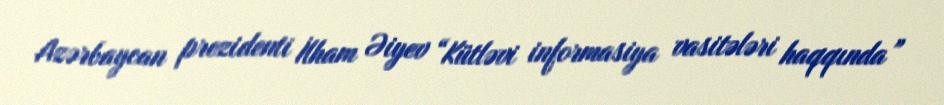
Azərbaycan prezidenti İlham Əiyev “Kütləvi informasiya vasitələri haqqında”